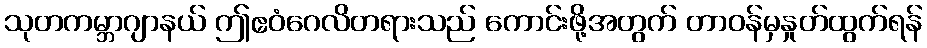
သုတကမ္ဘာဂျာနယ် ဤဧဝံဂေလိတရားသည် ကောင်းဖို့အတွက် တာဝန်မှနှုတ်ထွက်ရန်